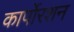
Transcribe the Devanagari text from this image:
कार्पोरशन